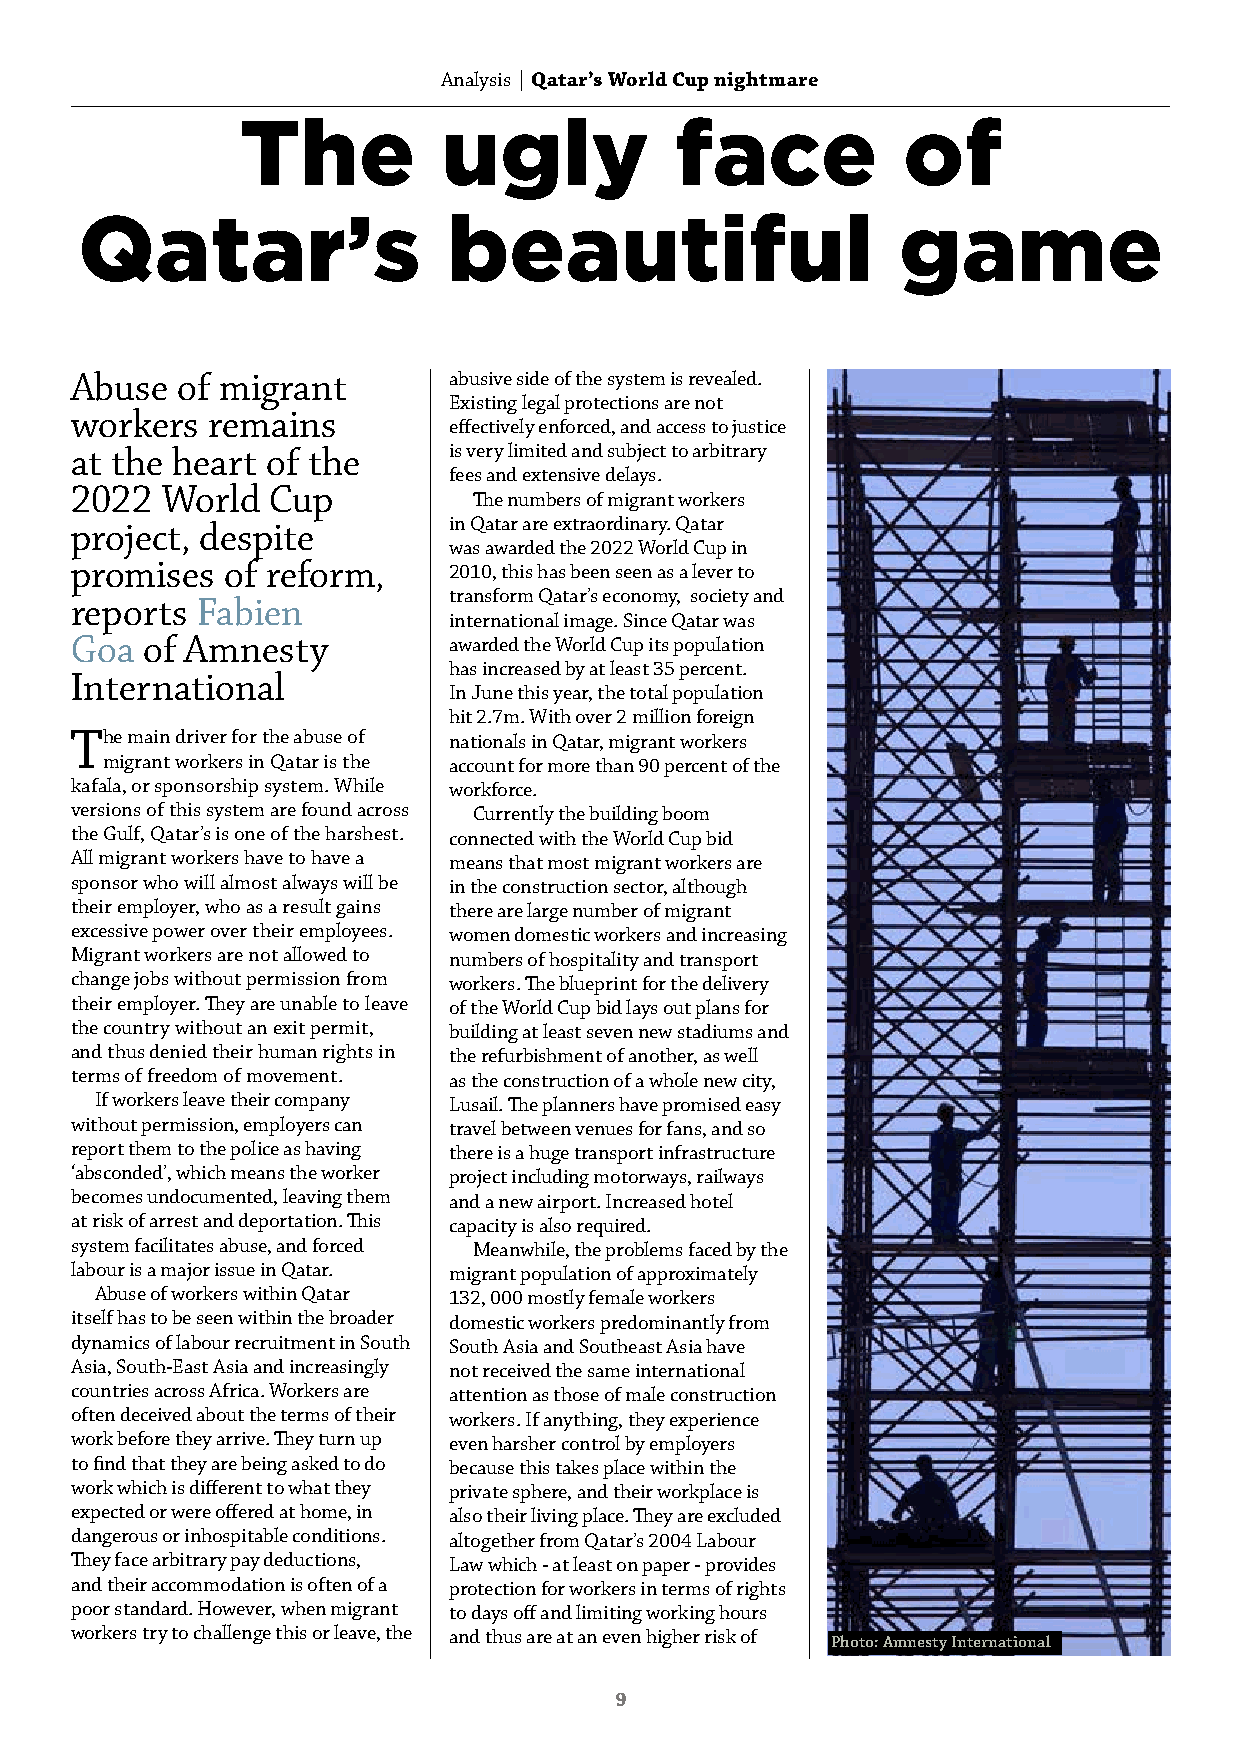
Analysis | QaOtpainr’iso nW |o Srlydr iCaup nightmare
 The          ugly            face           of
 Qatar’s                  beautiful                    game
 Abuse  of migrant        abusive side of the system is revealed.
 Existing legal protections are not
 workers  remains
 effectively enforced, and access to justice
 at the heart of the      is very limited and subject to arbitrary
 fees and extensive delays.
 2022  World  Cup
 The numbers of migrant workers
 project, despite         in Qatar are extraordinary. Qatar
 was awarded the 2022 World Cup in
 promises  of reform,     2010, this has been seen as a lever to
 transform Qatar’s economy, society and
 reports Fabien
 international image. Since Qatar was
 Goa of Amnesty           awarded the World Cup its population
 has increased by at least 35 percent.
 International
 In June this year, the total population
 hit 2.7m. With over 2 million foreign
 The main driver for the abuse of nationals in Qatar, migrant workers
 migrant workers in Qatar is the account for more than 90 percent of the
 kafala, or sponsorship system. While workforce.
 versions of this system are found across Currently the building boom
 the Gulf, Qatar’s is one of the harshest. connected with the World Cup bid
 All migrant workers have to have a means that most migrant workers are
 sponsor who will almost always will be in the construction sector, although
 their employer, who as a result gains there are large number of migrant
 excessive power over their employees. women domestic workers and increasing
 Migrant workers are not allowed to numbers of hospitality and transport
 change jobs without permission from workers. The blueprint for the delivery
 their employer. They are unable to leave of the World Cup bid lays out plans for
 the country without an exit permit, building at least seven new stadiums and
 and thus denied their human rights in the refurbishment of another, as well
 terms of freedom of movement. as the construction of a whole new city,
 If workers leave their company Lusail. The planners have promised easy
 without permission, employers can travel between venues for fans, and so
 report them to the police as having there is a huge transport infrastructure
 ‘absconded’, which means the worker project including motorways, railways
 becomes undocumented, leaving them and a new airport. Increased hotel
 at risk of arrest and deportation. This capacity is also required.
 system facilitates abuse, and forced Meanwhile, the problems faced by the
 labour is a major issue in Qatar. migrant population of approximately
 Abuse of workers within Qatar 132, 000 mostly female workers
 itself has to be seen within the broader domestic workers predominantly from
 dynamics of labour recruitment in South South Asia and Southeast Asia have
 Asia, South-East Asia and increasingly not received the same international
 countries across Africa. Workers are attention as those of male construction
 often deceived about the terms of their workers. If anything, they experience
 work before they arrive. They turn up even harsher control by employers
 to find that they are being asked to do because this takes place within the
 work which is different to what they private sphere, and their workplace is
 expected or were offered at home, in also their living place. They are excluded
 dangerous or inhospitable conditions. altogether from Qatar’s 2004 Labour
 They face arbitrary pay deductions, Law which - at least on paper - provides
 and their accommodation is often of a protection for workers in terms of rights
 poor standard. However, when migrant to days off and limiting working hours
 workers try to challenge this or leave, the and thus are at an even higher risk of Photo: Amnesty International
 9